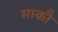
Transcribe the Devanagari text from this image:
माकौ